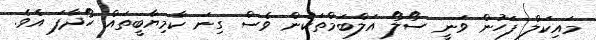
މައިކަލް ފަހުން ވަނީ ސޯލޯ އަލްބަމްތަކުން ވެސް ގިނަ ކާމިޔާބީތައް ހޯދާފަ އެވެ.